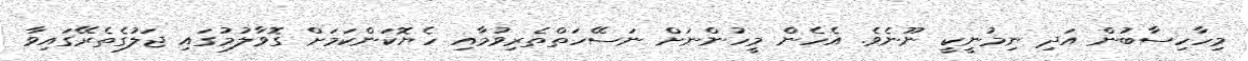
މިހާހިސާބުން އަދި ނިމުނީކީ ނޫނެވެ. އެހެން މީހުންނަށް ނަސޭހަތްތެރިވުމާއި ހެޔޮކަންކަމަށް ގޮވާލުމުގައި ޖަލުގެތެރޭގައިވާ